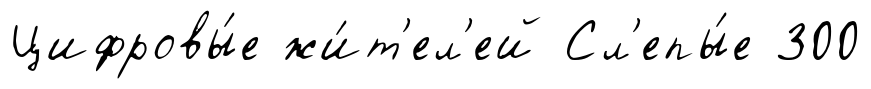
Цифровы́е жи́т'ел'ей Сл'епы́е 300